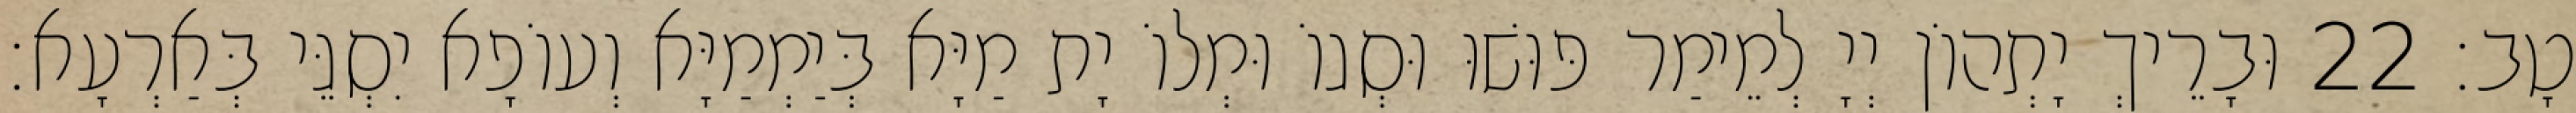
טָב׃ 22 וּבָרֵיךְ יָתְהוֹן יְיָ לְמֵימַר פּוּשׁוּ וּסְגוֹ וּמְלוֹ יָת מַיָּא בְּיַמְמַיָּא וְעוֹפָא יִסְגֵּי בְּאַרְעָא׃